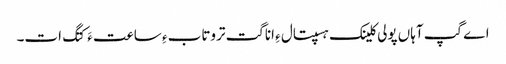
اے گپ آہاں پولی کلینک ہسپتال ءِ اناگت تروتاب ءِ ساعت ءَ کتگ ات۔